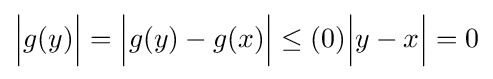
{\Big |}g(y){\Big |}={\Big |}g(y)-g(x){\Big |}\leq (0){\Big |}y-x{\Big |}=0